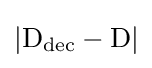
{\textstyle \mathrm {\left\vert D_{dec}-D\right\vert } }